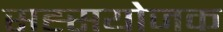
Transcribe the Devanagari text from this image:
सह्सयोजक